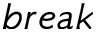
b r e a k